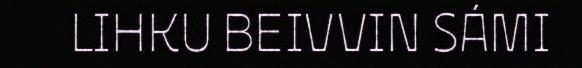
LIHKU BEIVVIN SÁMI